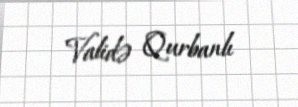
Validə Qurbanlı